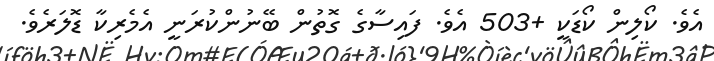
އެވެ. ކޯލިން ކޯޑަކީ +503 އެވެ. ފައިސާގެ ގޮތުން ބޭނުންކުރަނީ އެމެރިކާ ޑޮލަރެވެ.